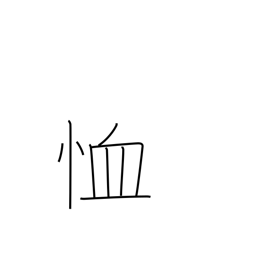
Meaning: have mercy